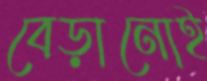
বেড়ানোই